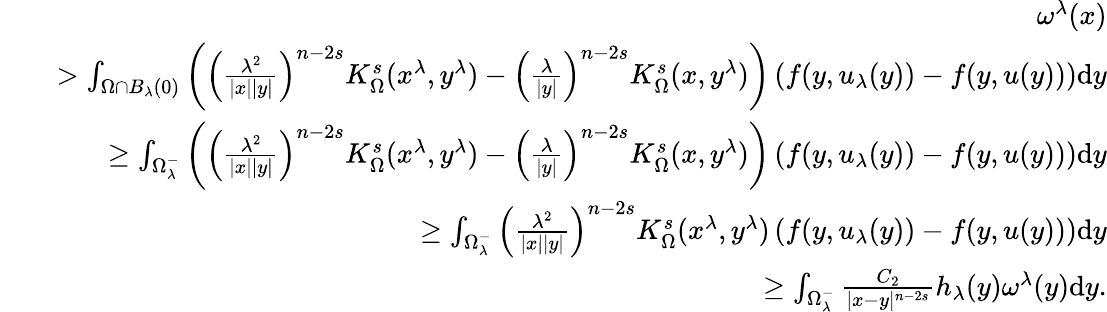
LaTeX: \begin{array}{rlr}&{}&{\quad\omega^{\lambda}(x)}\\ &{}&{>\int_{\Omega\cap B_{\lambda}(0)}\left(\left(\frac{\lambda^{2}}{|x||y|}\right)^{n-2s}K_{\Omega}^{s}(x^{\lambda},y^{\lambda})-{\left(\frac{\lambda}{|y|}\right)}^{n-2s}K_{\Omega}^{s}(x,y^{\lambda})\right)\left(f(y,u_{\lambda}(y))-f(y,u(y))\right)\mathrm dy}\\ &{}&{\geq\int_{\Omega_{\lambda}^{-}}\left(\left(\frac{\lambda^{2}}{|x||y|}\right)^{n-2s}K_{\Omega}^{s}(x^{\lambda},y^{\lambda})-{\left(\frac{\lambda}{|y|}\right)}^{n-2s}K_{\Omega}^{s}(x,y^{\lambda})\right)\left(f(y,u_{\lambda}(y))-f(y,u(y))\right)\mathrm dy}\\ &{}&{\geq\int_{\Omega_{\lambda}^{-}}\left(\frac{\lambda^{2}}{|x||y|}\right)^{n-2s}K_{\Omega}^{s}(x^{\lambda},y^{\lambda})\left(f(y,u_{\lambda}(y))-f(y,u(y))\right)\mathrm dy}\\ &{}&{\geq\int_{\Omega_{\lambda}^{-}}\frac{C_{2}}{|x-y|^{n-2s}}h_{\lambda}(y)\omega^{\lambda}(y)\mathrm dy.}\end{array}